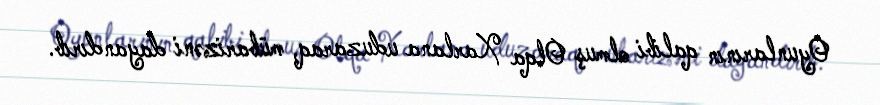
Oyunlarının qalibi olmuş Olqa Xarlana uduzaraq, mübarizəni dayandırıb.